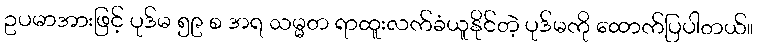
ဥပမာအားဖြင့် ပုဒ်မ ၅၉ စ အရ သမ္မတ ရာထူးလက်ခံယူနိုင်တဲ့ ပုဒ်မကို ထောက်ပြပါတယ်။